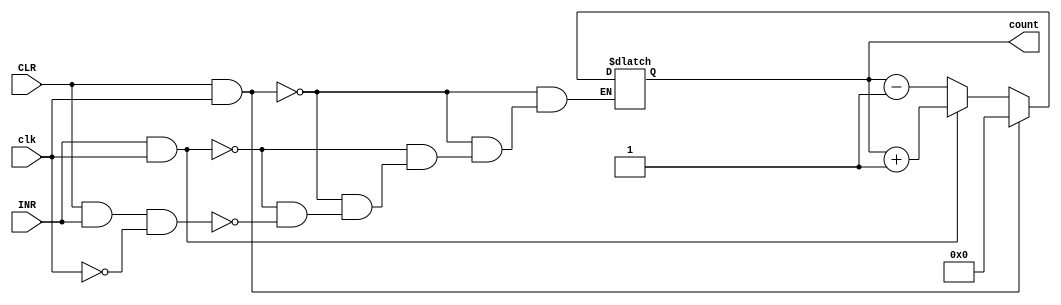
module counter(input INR,CLR,clk,output [3:0]count);
	reg [3:0]count;
	always@(clk)
	begin
		if(CLR&&clk)
		count=4'd0;
		else if(INR&&clk)
		count =count +1;
		else if(CLR && INR && ~clk)
		count=count-1;
end

endmodule
module counter_test;

	// Inputs
	reg INR;
	reg CLR;
	reg clk;

	// Outputs
	wire [3:0] count;

	// Instantiate the Unit Under Test (UUT)
	counter uut (
		.INR(INR), 
		.CLR(CLR), 
		.clk(clk), 
		.count(count)
	);

	initial begin
			// Initialize Inputs
		INR = 0;
		CLR = 1;
		clk = 1;

		// Wait 100 ns for global reset to finish
		#100;
        
		INR = 1;
		CLR = 0;
		clk = 0;
		#100;
		
		INR = 1;
		CLR = 0;
		clk = 1;
		#100;
		
		INR = 1;
		CLR = 0;
		clk = 0;
		#100
		INR = 1;
		CLR = 0;
		clk = 1;
		#100;
		
		INR = 1;
		CLR = 0;
		clk = 0;
		#100;
		
		INR = 1;
		CLR = 1;
		clk = 0;
		#100;
		INR = 1;
		CLR = 0;
		clk = 1;
		#100;

	end
      
endmodule